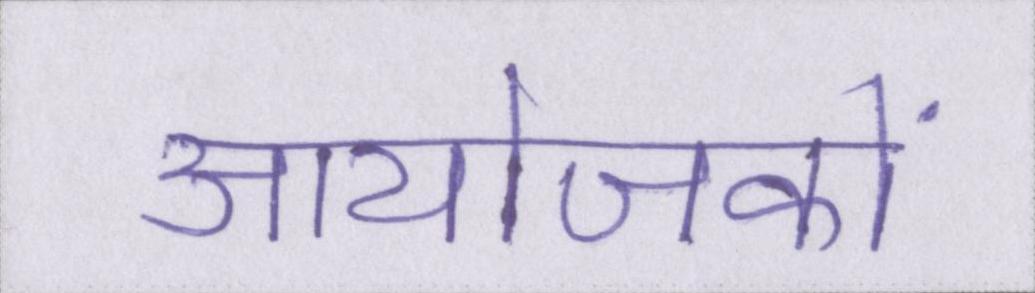
आयोजकों